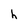
Character: h